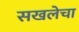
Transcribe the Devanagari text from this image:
सखलेचा